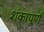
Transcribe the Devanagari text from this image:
शंकापूर्ण